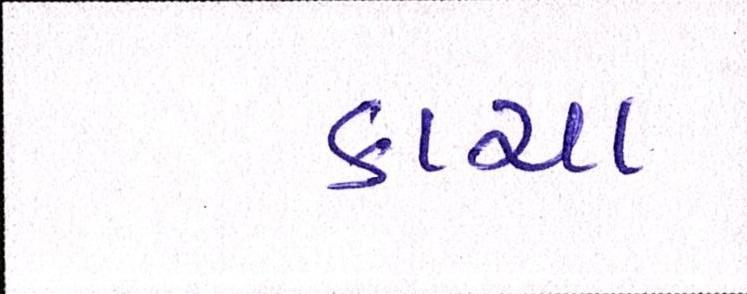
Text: કાચા